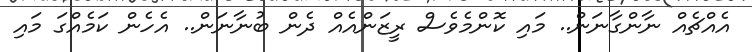
އެއްޗެއް ނާންގާނަން.. މައި ކޮންމެވެސް ރީޒަންއެއް ދެން ބުނާނަން.. އެހެން ކަމެއްގަ މައި